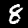
Label: 8